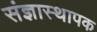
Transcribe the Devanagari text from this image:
संज्ञास्थापक